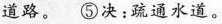
道路。 ⑤决：疏通水道。